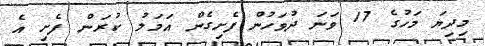
މިދިޔަ މަހުގެ 17 ވަނަ ދުވަހުން ފެށިގެން އަމަލު ކުރަން ފެށި އެ